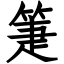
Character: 箑